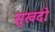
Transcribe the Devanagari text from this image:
सुखदो